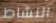
النشاط